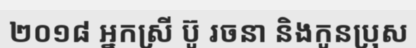
២០១៨ អ្នកស្រី ប៊ូ រចនា និងកូនប្រុស